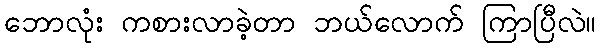
ဘောလုံး ကစားလာခဲ့တာ ဘယ်လောက် ကြာပြီလဲ။